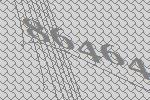
86464